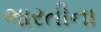
ભારતીના